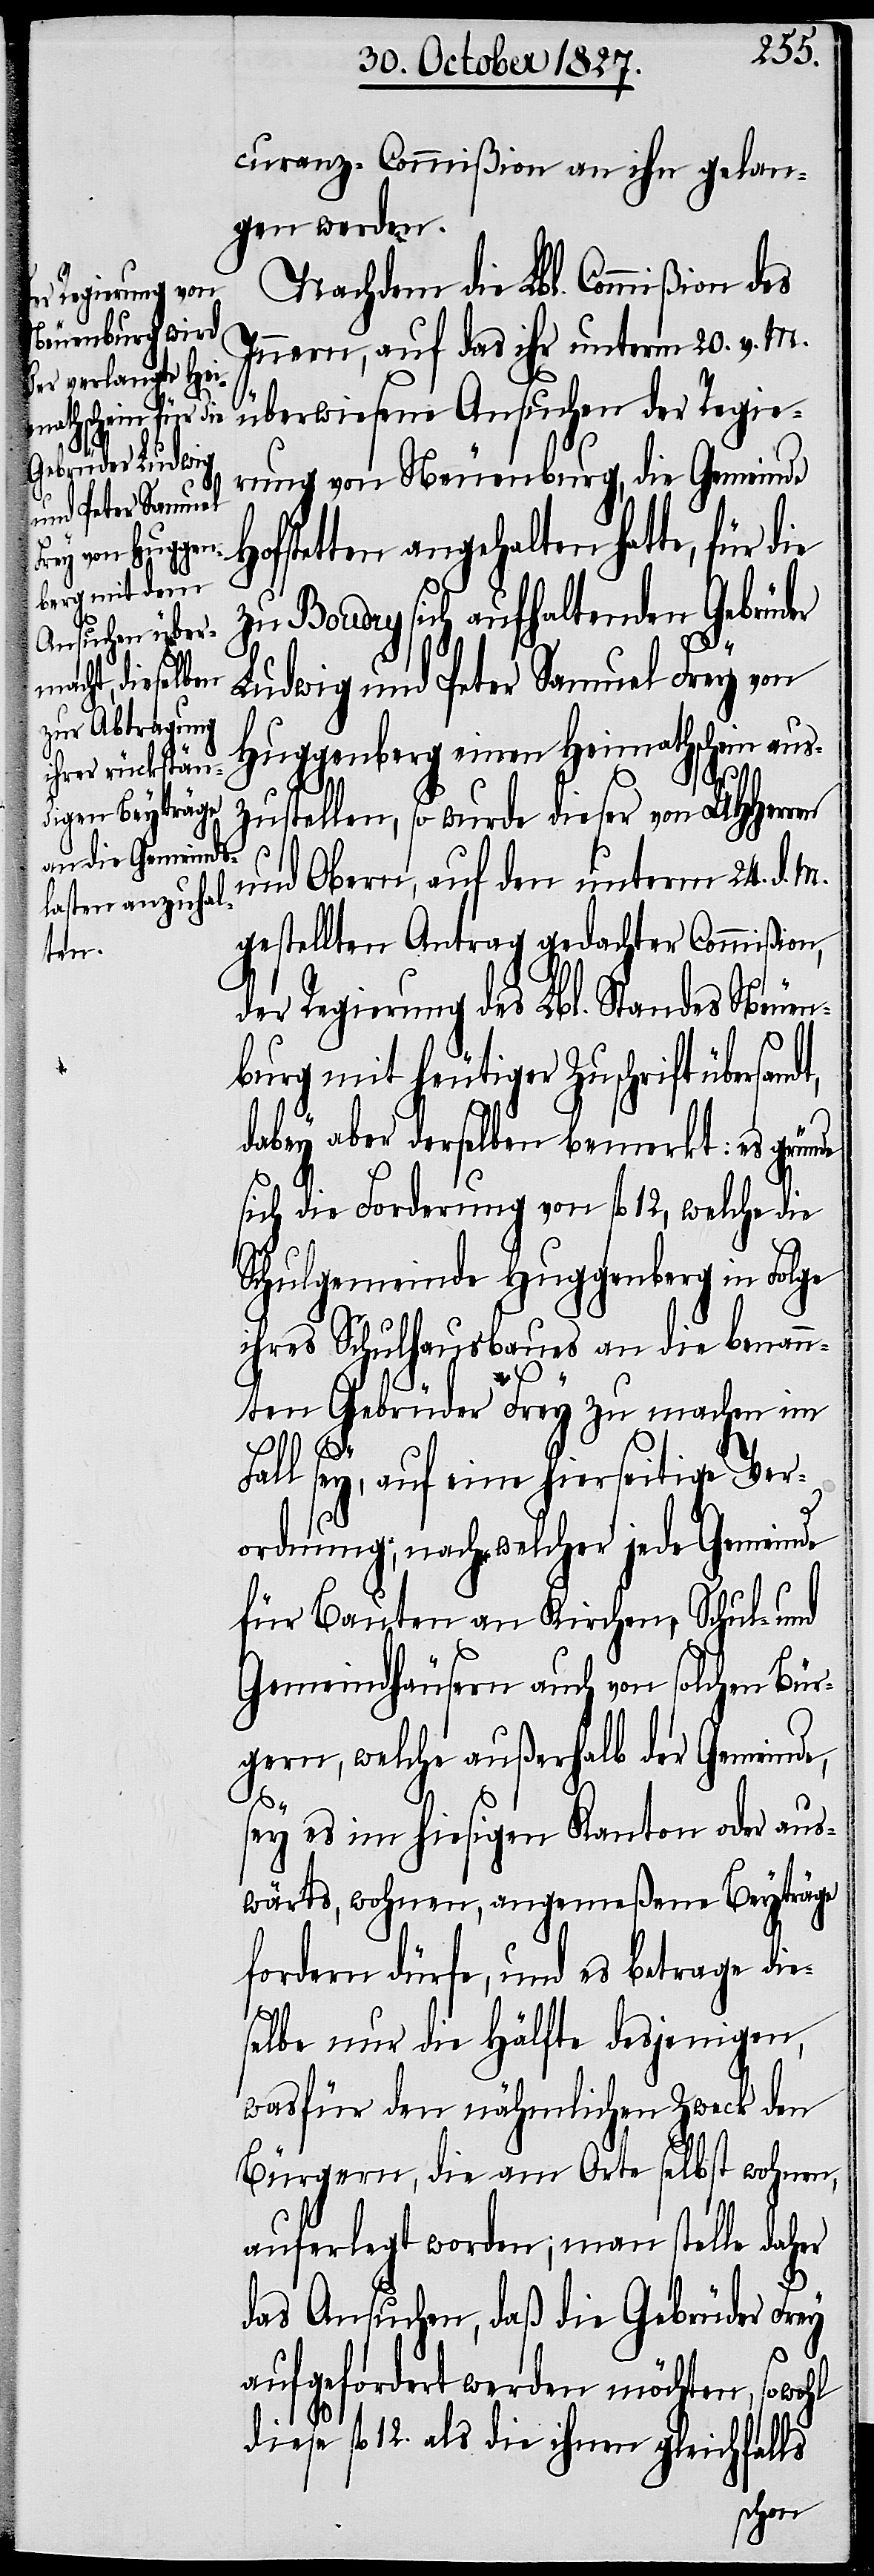
curanz-Commißion an ihn gelan¬
gen werden.
Nachdem die Lbl. Commißion des
Innern, auf das ihr unterm 20. v. M.
überwiesene Ansuchen der Regie¬
rung von Neuenburg, die Gemeinde
tetten angehalten hatte, für die
zu Boudry sich aufhaltenden Gebrüder
Ludwig und Peter Samuel Frey von
Huggenberg einen Heimathschein aus¬
zustellen, so wurde dieser von UHHerren
und Obern, auf den unterm 24. d. M.
gestellten Antrag gedachter Commißion,
der Regierung des Lbl. Standes Neuen¬
burg mit heutiger Zuschrift übersa¬
dabey aber derselben bemerkt: es gründe
sich die Forderung von fl. 12, welche die
Schulgemeinde Huggenberg in Folge
ihres Schulhausbaues an die benann¬
ten Gebrüder Frey zu machen im
Fall sey, auf eine hierseitige Ver¬
ordnung, nach welcher jede Gemeinde
für Bauten an Kirchen, Schul- und
Gemeindhäusern auch von solchen Bür¬
gern, welche außerhalb der Gemeinde,
sey es im hiesigen Kanton oder aus¬
wärts, wohnen, angemeßene Beyträge
fordern dürfe, und es betrage die¬
ndt,
selbe nur die Hälfte desjenigen,
wasfür den nähmlichen Zweck den
Bürgern, die am Orte selbst wohnen,
auferlegt worden; man stelle daher
das Ansuchen, daß die Gebrüder Frey
aufgefordert werden möchten, sowohl
diese fl. 12. als die ihnen gleichfalls